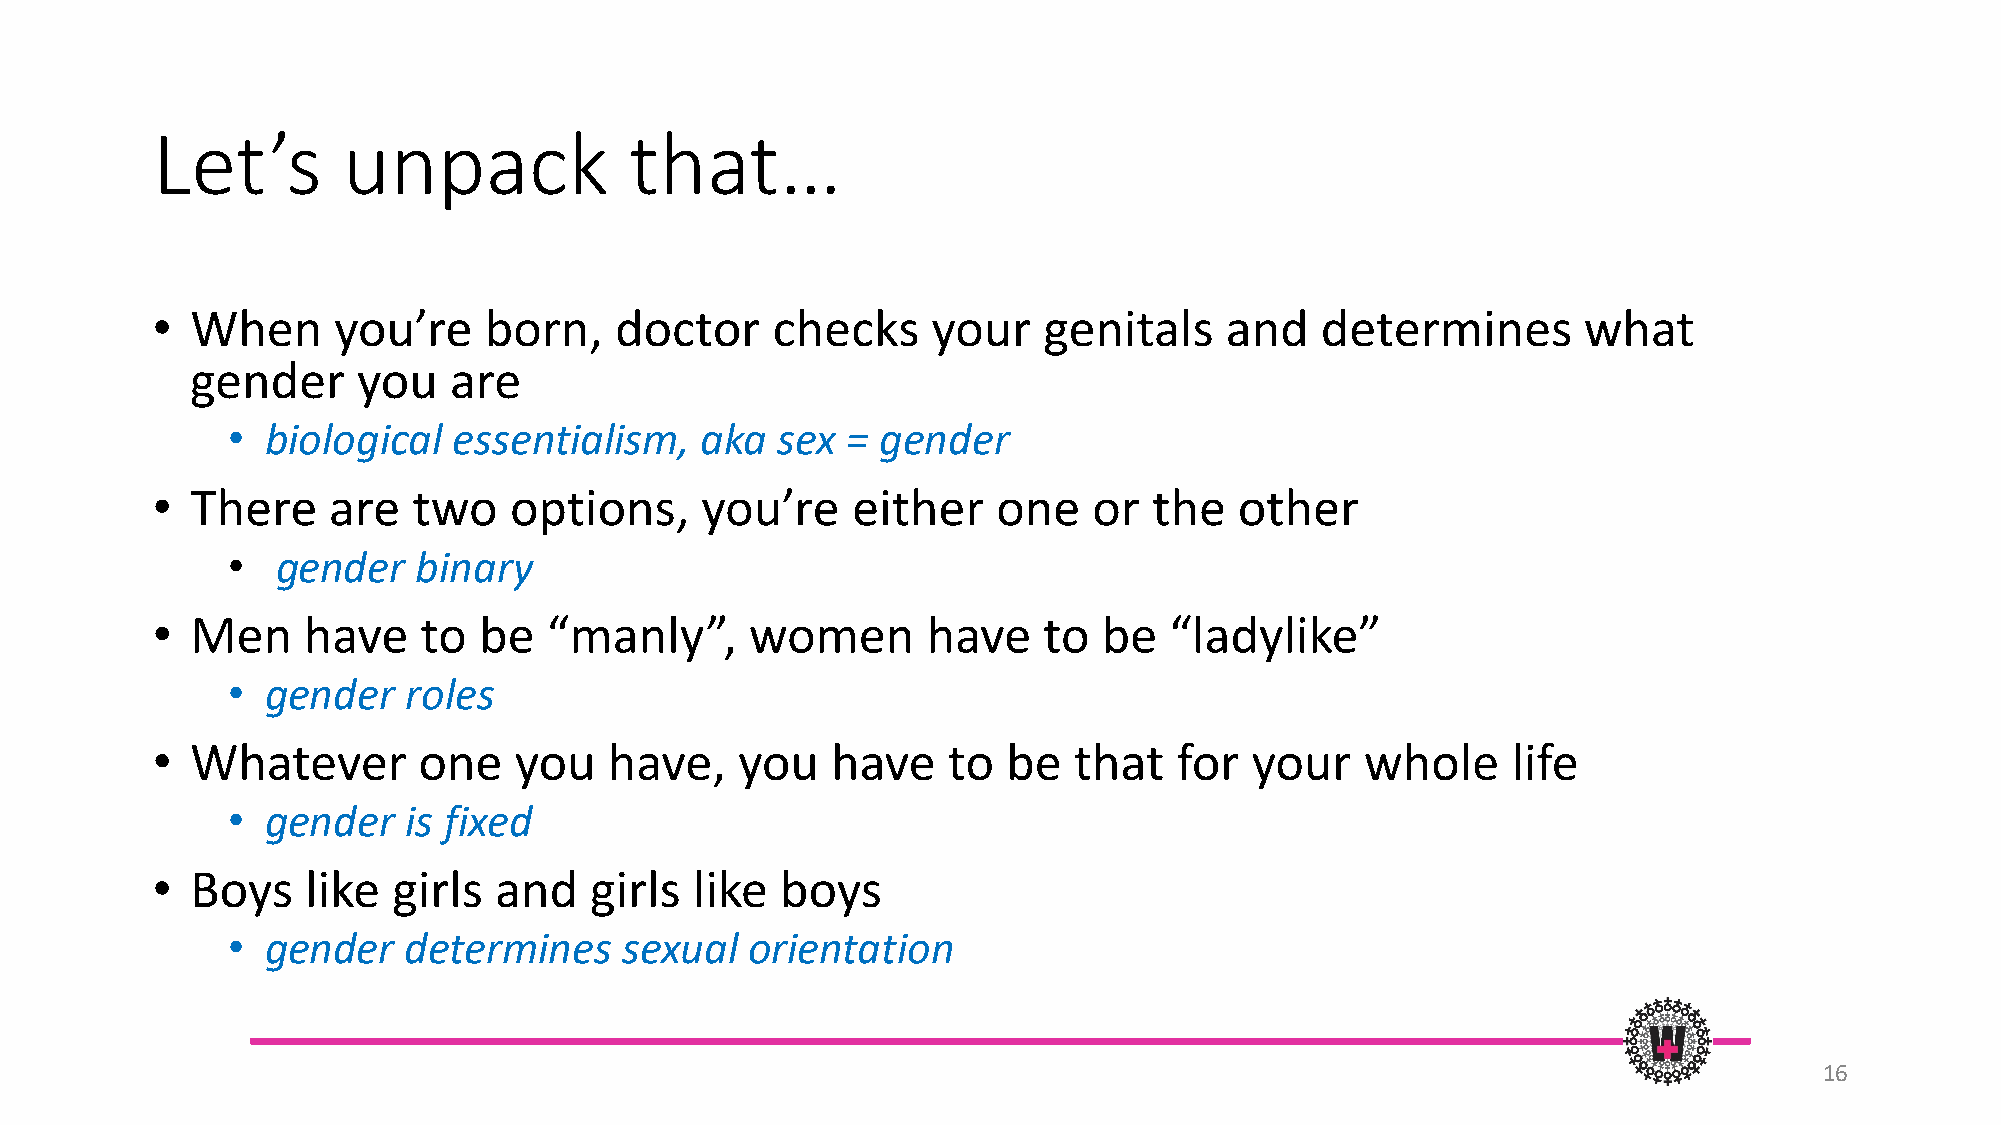
Let’s        unpack             that…
 •  When     you’re    born,    doctor    checks     your   genitals    and   determines        what
 gender     you   are
 •  biological  essentialism,   aka  sex  = gender
 •  There    are  two    options,    you’re    either    one   or  the   other
 •  gender    binary
 •  Men    have    to  be  “manly”,      women      have    to  be  “ladylike”
 •  gender   roles
 •  Whatever       one   you   have,    you   have    to  be  that   for  your   whole     life
 •  gender   is fixed
 •  Boys   like  girls  and   girls  like  boys
 •  gender   determines    sexual   orientation
 16